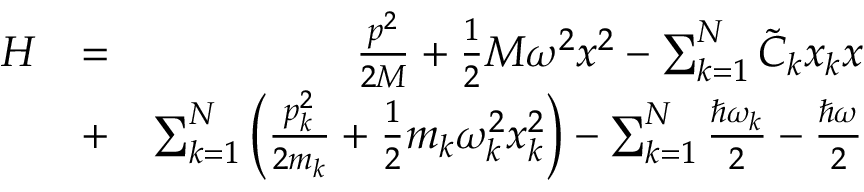
\begin{array} { r l r } { H } & { = } & { \frac { p ^ { 2 } } { 2 M } + \frac { 1 } { 2 } M \omega ^ { 2 } x ^ { 2 } - \sum _ { k = 1 } ^ { N } \tilde { C } _ { k } x _ { k } x } \\ & { + } & { \sum _ { k = 1 } ^ { N } \bigg ( \frac { p _ { k } ^ { 2 } } { 2 m _ { k } } + \frac { 1 } { 2 } m _ { k } \omega _ { k } ^ { 2 } x _ { k } ^ { 2 } \bigg ) - \sum _ { k = 1 } ^ { N } \frac { \hbar \omega _ { k } } { 2 } - \frac { \hbar \omega } { 2 } } \end{array}